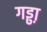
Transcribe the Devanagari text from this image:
गड्ढा़